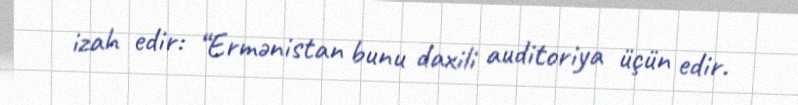
izah edir: “Ermənistan bunu daxili auditoriya üçün edir.